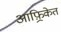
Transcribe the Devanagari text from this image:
आफ़्रिकेत